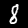
Digit: 8